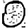
Digit: 0